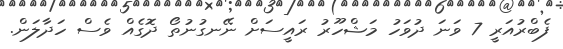
ފެބްރުއަރީ 7 ވަނަ ދުވަހު މަޝްހޫރު ރައީސަށް ނޭނގުނުތޯ ދޮގެއް ވެސް ހަދާލަން.